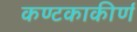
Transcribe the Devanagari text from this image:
कण्टकाकीर्ण